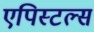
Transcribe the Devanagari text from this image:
एपिस्टल्स